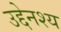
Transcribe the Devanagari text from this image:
उद्देनश्‍य